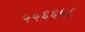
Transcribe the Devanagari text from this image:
५५६६५८